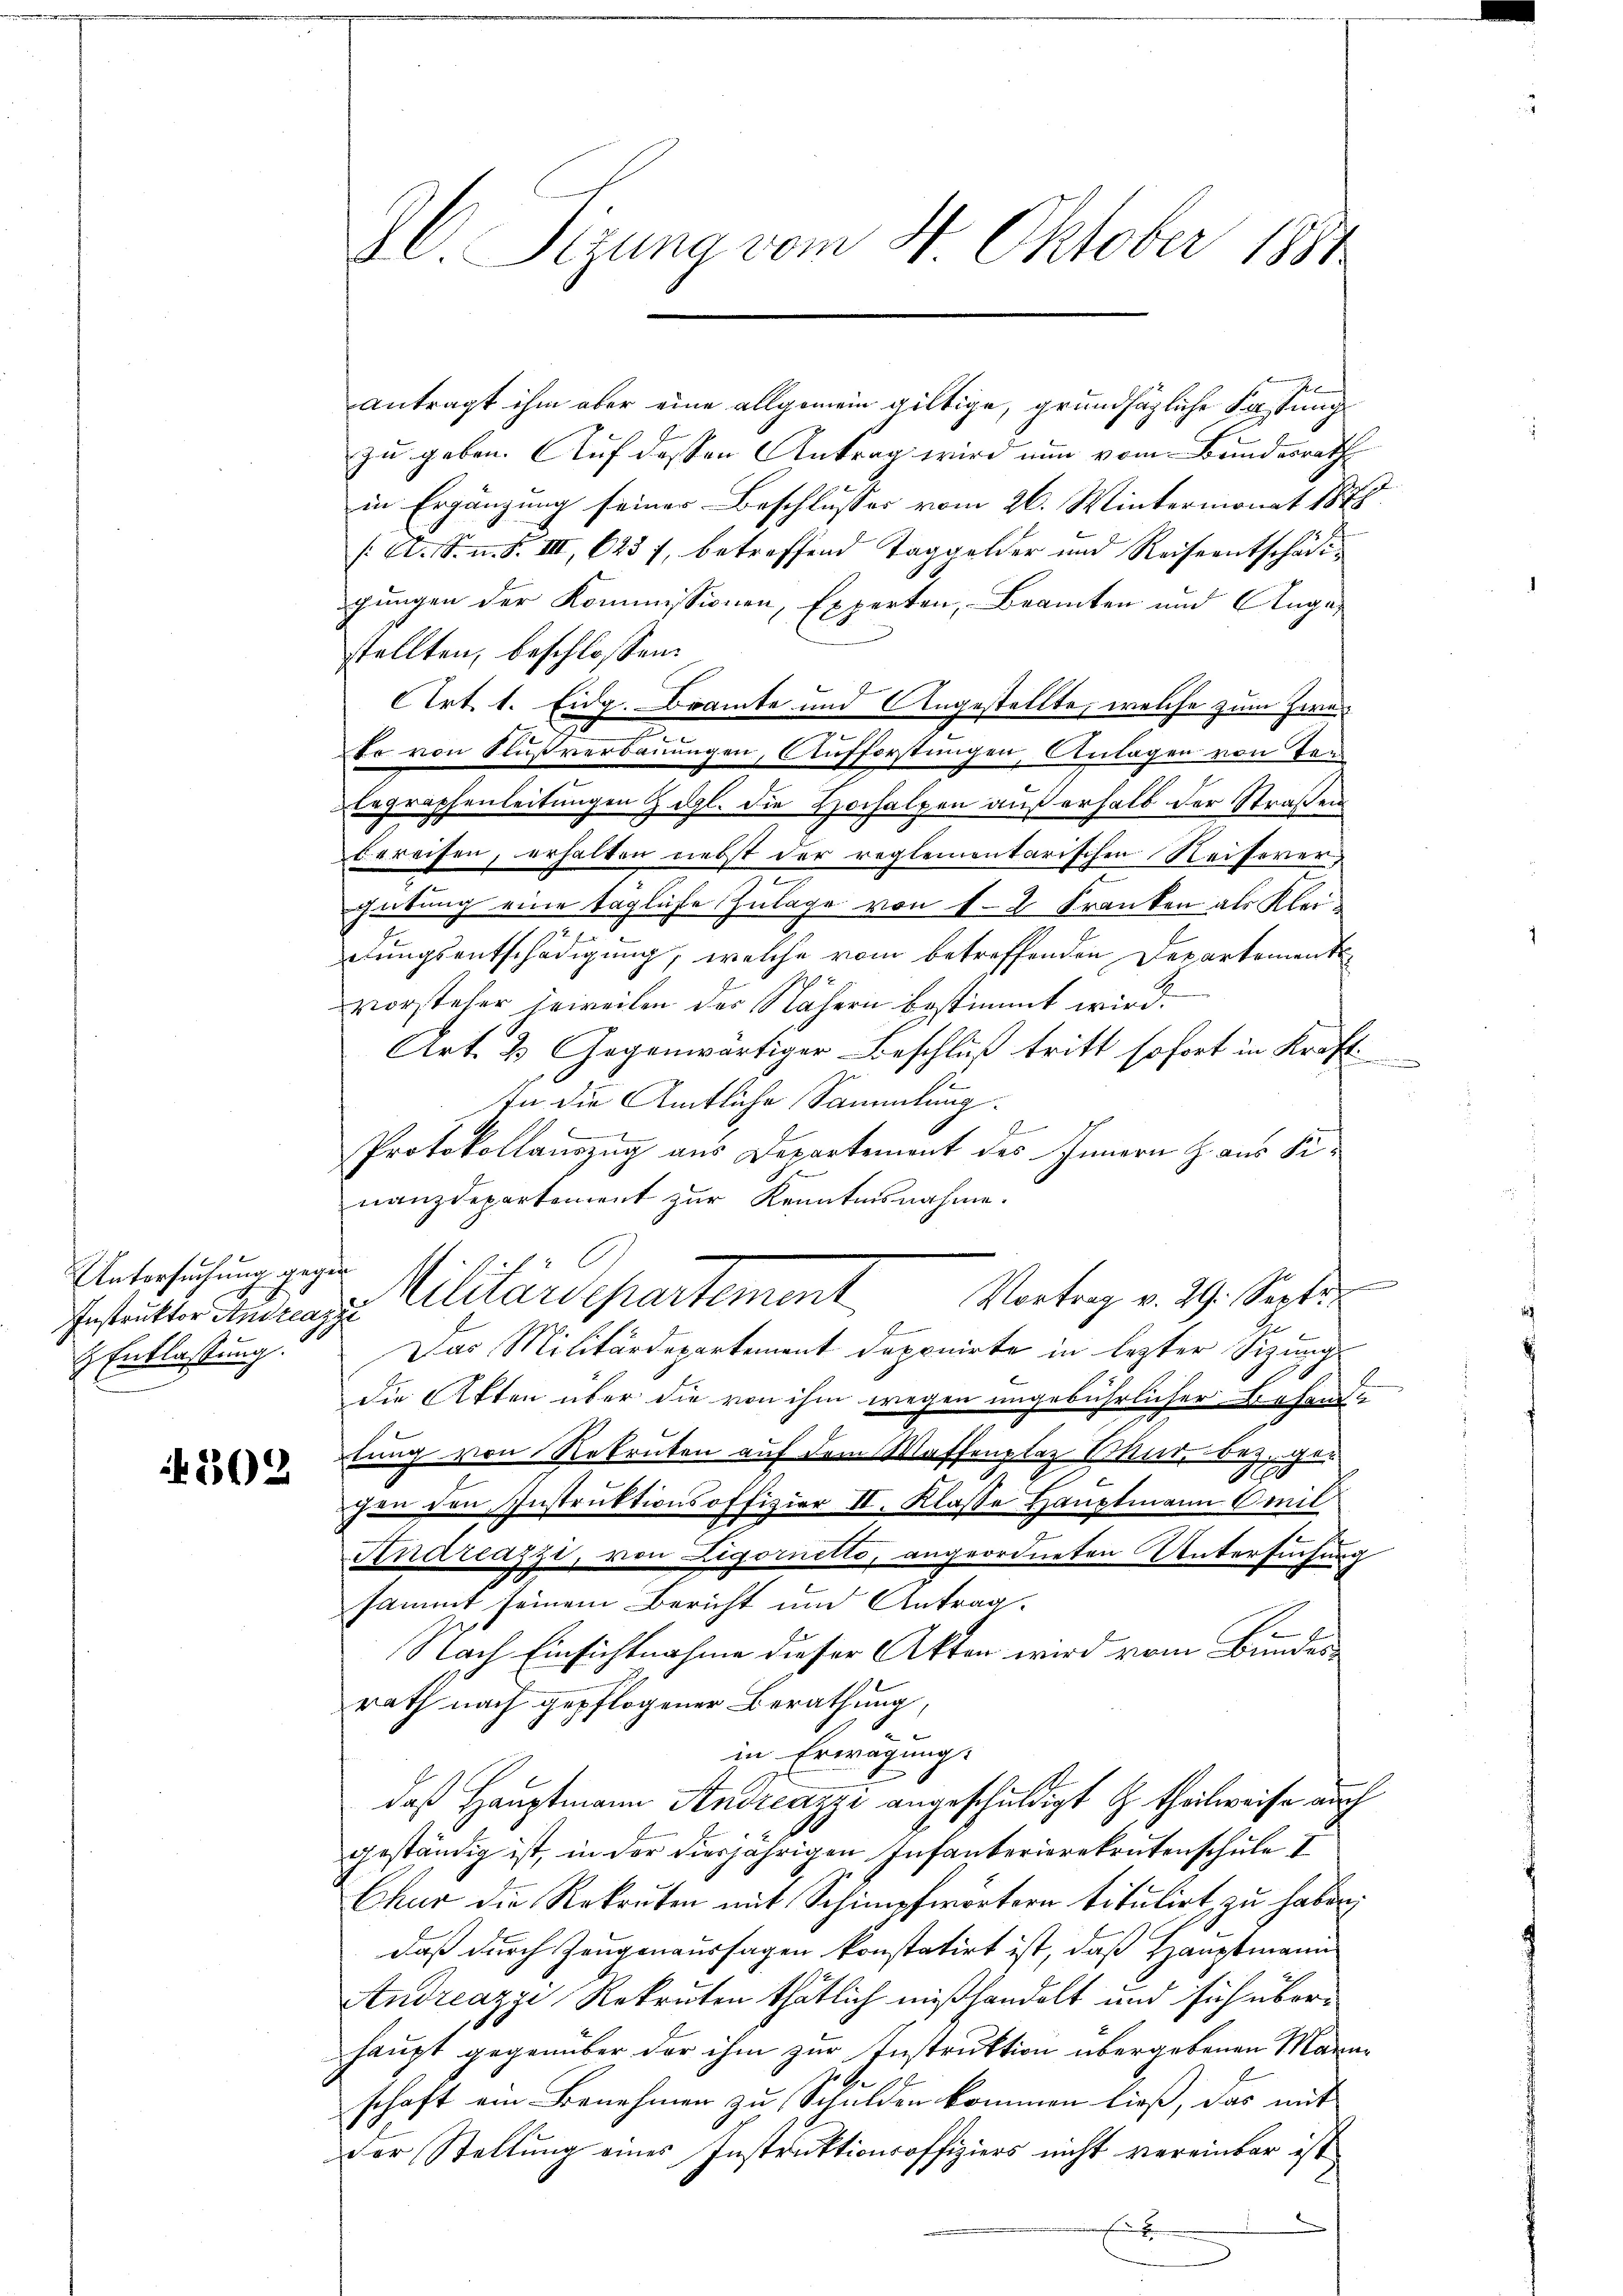
Untersuchung gegen
 Entlassung.

302

antragt ihm aber eine allgemein giltige, grundsätzliche Fassung
zu geben. Auf dessen Antrag wird nun vom Bundesrath
in Ergänzung seiner Beschlusses vom 26. Wintermonat 1878.
/A. S. n. F. III 623 f., betreffend Taggelder und Reiseentschädigungen der Kommissionen, Experten, Beamten und Angestellten, beschlossen:
Art. 1. Eidg. Beamte und Angestellte, welche zum Zwei
.
2
tr von Flußverbauungen, Aufforstungen, Anlagen von Tag
Eegraphenleitungen & dgl. die Hochalpen auf erhalb der Straßen
bereifen, erhalten liebt der reglementarischen Neiserer,

gütung eine tägliche Zulage von 1-2 Franken als Kleidungsentschädigung, welche vom betreffenden Departement
x
vorsteher jeweilen der Nähern bestimmt wird.
Art. 2 Gegenwärtiger Beschluß tritt sofort in Kraft
In die Amtliche Sammlung.
A
x
Protokollauszug aus Departement des Innern H. aus Sinanzdepartement zur Kenntnisnahme.
Erstatter Antragen Cilitärdepartement
Das Militärdepartement deponirte in lezter Sizungs
die Akten über die von ihm wegen ungebührlicher Behand-
tung von Rekruten auf dem Waffenplaz Chur, bez. gechen den Instrŭktionsoffizier II. Klasse Hauptmann Emil
Andreazzi, von Ligornetto, angeordneten Untersuchung
sammt seinem Bericht und Antrag.
Nach Einsichtnahme dieser Akten wird vom Bundesrath nach gepflogener Berathung
in Erwägungs
daß Hauptmann Andreazzi angeschuldigt G. theilweise auch
geständig ist, in der diesjährigen Infanterierekrutenschule. I
Chur die Rekruten mit Schimpfwörtern Titulirt zu haben;
daß durch Zeugenaussagen konstatirt ist, daß Hauptmann
Andreazzi, Rekruten thätlich mißhandelt und sich überhaupt gegenüber der ihm zur Instruktion übergebenen Mann¬
.
schaft ein Benehmen zu Schulden kommen ließ, das mit
der Stellung eines Instruktionsoffiziers nicht vereinbar ist
E

C. Sigung vom 21. Oktober 1884

Vortrag v. 29. Septe
b